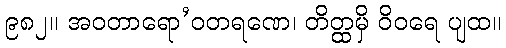
၉၈၂။ အဝတာရော’ဝတရဏေ၊ တိတ္ထမှိ ဝိဝရေ ပျထ။